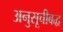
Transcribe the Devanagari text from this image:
अनुसूचीबद्ध